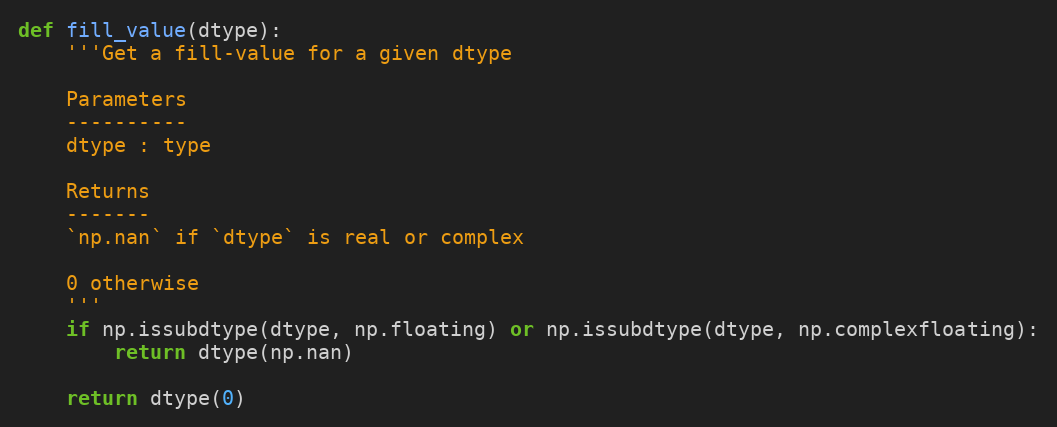
Language: Python
def fill_value(dtype):
    '''Get a fill-value for a given dtype

    Parameters
    ----------
    dtype : type

    Returns
    -------
    `np.nan` if `dtype` is real or complex

    0 otherwise
    '''
    if np.issubdtype(dtype, np.floating) or np.issubdtype(dtype, np.complexfloating):
        return dtype(np.nan)

    return dtype(0)